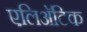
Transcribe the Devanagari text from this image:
एलिअॅटिक